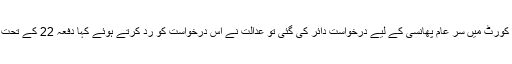
چنانچہ جب زینب قتل کیس میں لاہور ہائی کورٹ میں سر عام پھانسی کے لیے درخواست دائر کی گئی تو عدالت نے اس درخواست کو رد کرتے ہوئے کہا دفعہ 22 کے تحت یہ کام حکومت کر سکتی ہے، عدالت نہیں۔